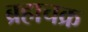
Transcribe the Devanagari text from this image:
ब्रहाचक्र